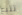
تتبع